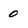
Character: 0